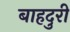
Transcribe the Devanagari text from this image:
बाहदुरी